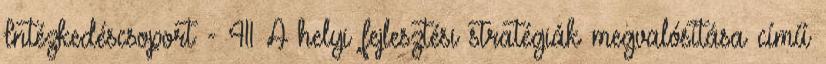
Intézkedéscsoport - 411 A helyi fejlesztési stratégiák megvalósítása című